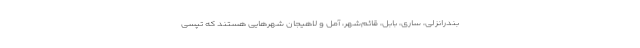
بندرانزلی، ساری، بابل، قائم‌شهر، آمل و لاهیجان شهرهایی هستند که تپسی